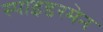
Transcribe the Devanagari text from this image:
स्पाइडरमेन